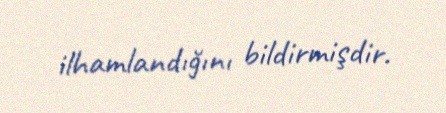
ilhamlandığını bildirmişdir.